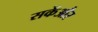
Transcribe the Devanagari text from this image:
सकेंऔर